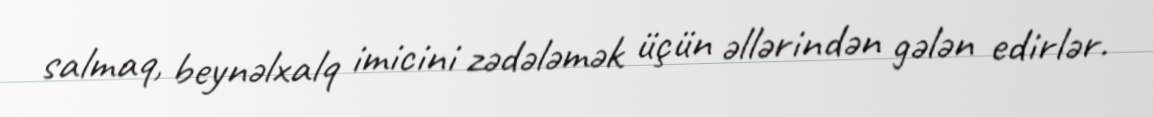
salmaq, beynəlxalq imicini zədələmək üçün əllərindən gələn edirlər.